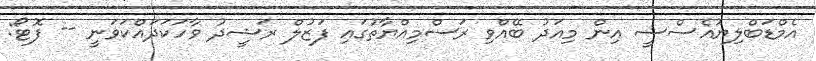
އެމްޑަބްލިޔުއެސްސީ އިން މިއަދު ބޭއްވި ރަސްމިއްޔާތުގައި ފަޒުލް ރަޝީދު ވާހަކަދައްކަވަނީ -- ފޮޓޯ: